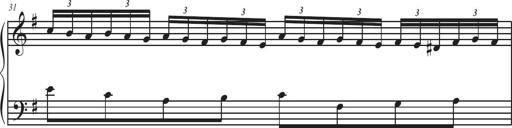
Title: Sonatina Espania
Composer: Jerald Franklin Archer
Key: Various